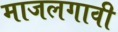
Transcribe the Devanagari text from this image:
माजलगावी